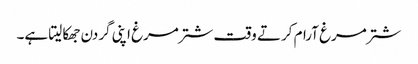
شترمرغ آرام کرتے وقت شترمرغ اپنی گردن جھکا لیتا ہے۔